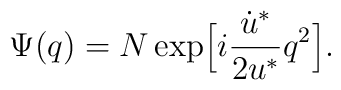
\Psi(q) = N \exp \Bigl[i \frac{\dot{u}^*}{2 u^*} q^2 \Bigr].